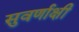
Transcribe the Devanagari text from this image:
सुवर्णाक्षी